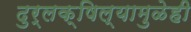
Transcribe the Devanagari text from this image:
दुर्लक्षिल्यामुळेही